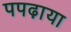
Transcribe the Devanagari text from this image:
पपढ़ाया